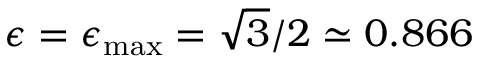
\epsilon = \epsilon _ { \operatorname* { m a x } } = \sqrt { 3 } / 2 \simeq 0 . 8 6 6